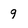
Character: g